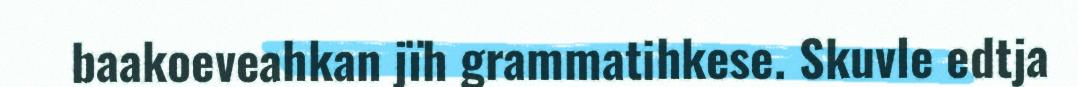
baakoeveahkan jïh grammatihkese. Skuvle edtja